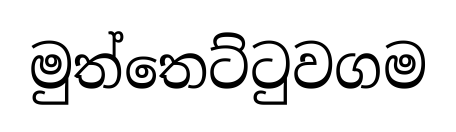
මුත්තෙට්ටුවගම